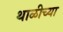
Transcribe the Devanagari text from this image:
थाळीच्या